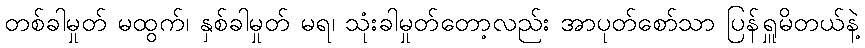
တစ်ခါမှုတ် မထွက်၊ နှစ်ခါမှုတ် မရ၊ သုံးခါမှုတ်တော့လည်း အာပုတ်စော်သာ ပြန်ရှူမိတယ်နဲ့